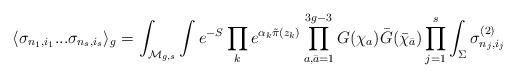
LaTeX: \begin{align*}\langle \sigma_{n_1,i_1} ... \sigma_{n_s,i_s} \rangle_g =\int_{{\cal M}_{g,s}} \int e^{-S} \prod_{k} e^{\alpha_k {\tilde\pi} (z_k)}\prod_{a,{\bar a} = 1}^{3g-3} G(\chi_a) {\bar G}({\bar\chi}_{\bar a}) \prod_{j=1}^{s} \int_{\Sigma}\sigma_{n_j,i_j}^{(2)}\end{align*}